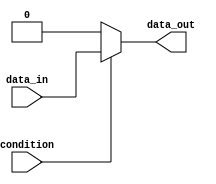
module if_else_statement (
    input wire condition,
    input wire data_in,
    output reg data_out
);

always @* begin
    if (~condition) begin
        data_out <= 1'b0; // Execute this block if condition is false
    end else begin
        data_out <= data_in; // Execute this block if condition is true
    end
end

endmodule